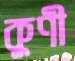
কুণী